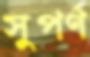
সুপর্ণ